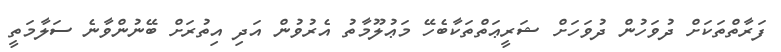
ފަރާތްތަކަށް ދުވަހުން ދުވަހަށް ޝަރީޢަތްތަކާބެހޭ މަޢުލޫމާތު އެރުވުން އަދި އިތުރަށް ބޭނުންވާނެ ސަލާމަތީ